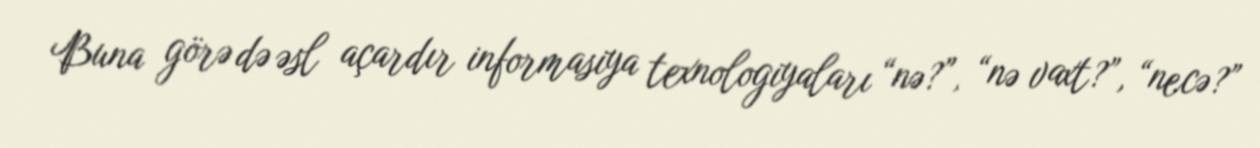
Buna görə də əsl açardır informasiya texnologiyaları “nə?”, “nə vaxt?”, “necə?”